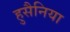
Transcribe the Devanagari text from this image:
हुसैनिया